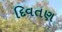
દિવતણ